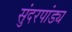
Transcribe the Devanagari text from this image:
सुंदरपांड्य